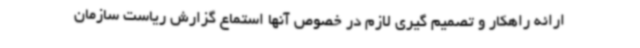
ارائه راهکار و تصمیم گیری لازم در خصوص آنها استماع گزارش ریاست سازمان